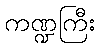
ကဏ္ဍကြီး